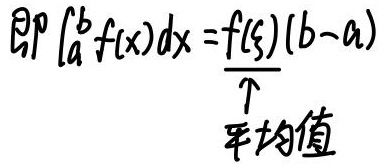
即 \(\int_{a}^{b}f(x)dx = f(\xi)(b - a)\) \(\underbrace{\quad}_{平均值}\)